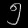
Digit: ၅